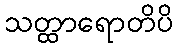
သတ္ထာရောတိပိ